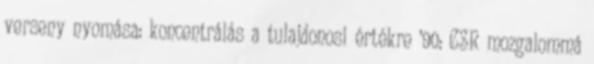
verseny nyomása: koncentrálás a tulajdonosi értékre ’90: CSR mozgalommá